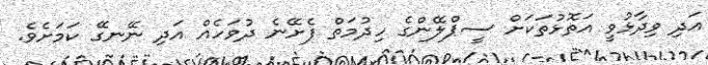
އަދި ވިދާޅުވީ އަތޮޅުތަކަށް ސީޕްލޭންގެ ހިދުމަތް ފެށޭނެ ދުވަހެއް އަދި ނޭނގޭ ކަމަށެވެ.